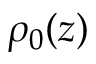
\rho _ { 0 } ( z )